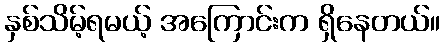
နှစ်သိမ့်ရမယ့် အကြောင်းက ရှိနေတယ်။